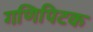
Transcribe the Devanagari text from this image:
गणिपिटक